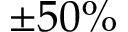
\pm 5 0 \%